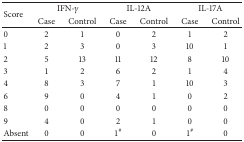
| <ROWSPAN=2> Score | <COLSPAN=2> IFN-γ | <COLSPAN=2> IL-12A | <COLSPAN=2> IL-17A |
 | Case | Control | Case | Control | Case | Control |
 | --- | --- | --- | --- | --- | --- | --- |
 | 0 | 2 | 1 | 0 | 2 | 1 | 2 |
 | 1 | 2 | 3 | 0 | 3 | 10 | 1 |
 | 2 | 5 | 13 | 11 | 12 | 8 | 10 |
 | 3 | 1 | 2 | 6 | 2 | 1 | 4 |
 | 4 | 8 | 3 | 7 | 1 | 10 | 3 |
 | 6 | 9 | 0 | 4 | 1 | 0 | 2 |
 | 8 | 0 | 0 | 0 | 0 | 0 | 0 |
 | 9 | 4 | 0 | 2 | 1 | 0 | 0 |
 | Absent | 0 | 0 | 1# | 0 | 1# | 0 |